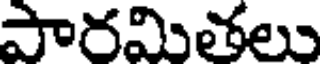
పారమితలు